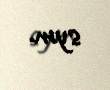
sym.